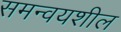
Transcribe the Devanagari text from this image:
समन्वयशील